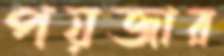
পয়জার